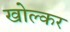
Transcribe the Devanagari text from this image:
खोल्कर